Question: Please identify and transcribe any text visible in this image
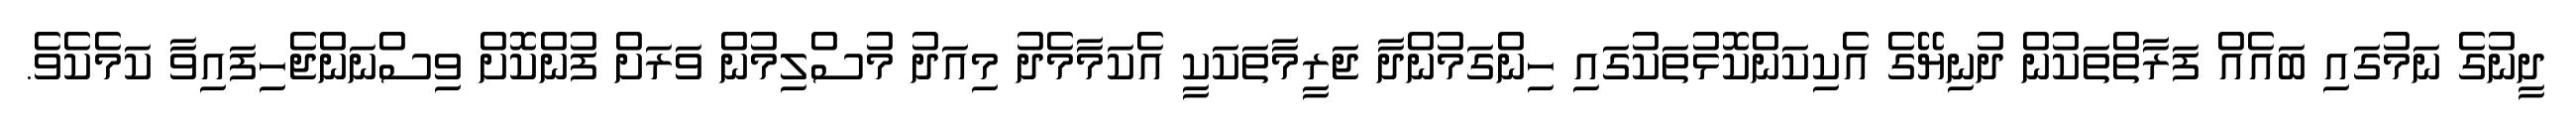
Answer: ދީނުގެ ނަމުގައި ބައެއް ފަރާތްތަކުން ދުނިޔޭގެ އެކިކަންކޮޅުތަކުގައި ހިންގަމުންދާ ޖަރީމާތަކަކީ އެކަމާމެދު މިއަދު މުސްލިމުން ވަރަށް ފުންކޮށް ވިސްނަންޖެހިފައިވާ ކަމެކެވެ.